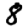
Digit: 8